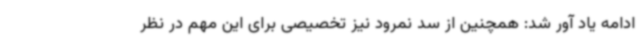
ادامه یاد آور شد: همچنین از سد نمرود نیز تخصیصی برای این مهم در نظر